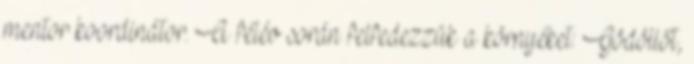
mentor koordinátor. A félév során felfedezzük a környéket: Gödöllőt,